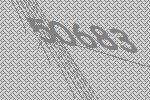
50683